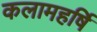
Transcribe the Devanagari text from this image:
कलामहर्षि